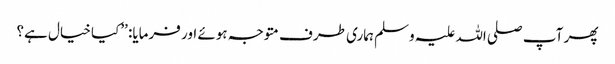
پھر آپ صلی اللہ علیہ وسلم ہماری طرف متوجہ ہوئے اور فرمایا: ’’کیا خیال ہے؟